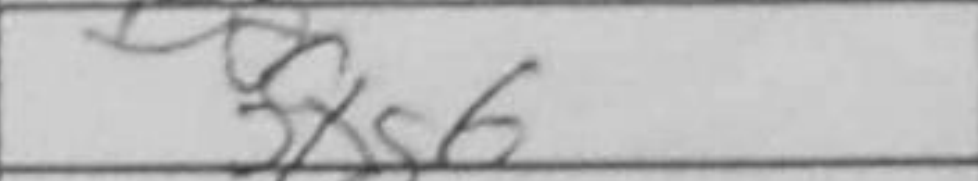
Transcription: fxg6